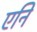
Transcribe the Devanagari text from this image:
एनि